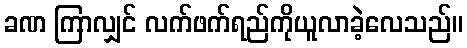
ခဏ ကြာလျှင် လက်ဖက်ရည်ကိုယူလာခဲ့လေသည်။